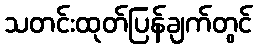
သတင်းထုတ်ပြန်ချက်တွင်